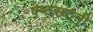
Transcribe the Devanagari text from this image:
षष्ठस्थानी